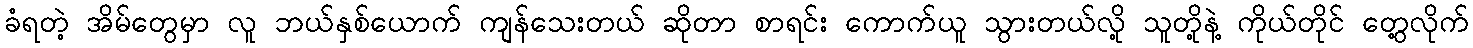
ခံရတဲ့ အိမ်တွေမှာ လူ ဘယ်နှစ်ယောက် ကျန်သေးတယ် ဆိုတာ စာရင်း ကောက်ယူ သွားတယ်လို့ သူတို့နဲ့ ကိုယ်တိုင် တွေ့လိုက်